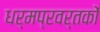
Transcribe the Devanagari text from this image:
धर्मप्रवर्तकों